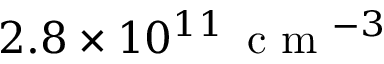
2 . 8 \times 1 0 ^ { 1 1 } \, \mathrm { ~ c ~ m ~ } ^ { - 3 }